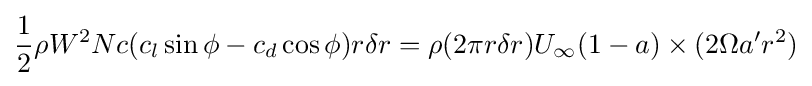
{\frac {1}{2}}\rho W^{2}Nc(c_{l}\sin \phi -c_{d}\cos \phi )r\delta r=\rho (2\pi r\delta r)U_{\infty }(1-a)\times (2\Omega a'r^{2})